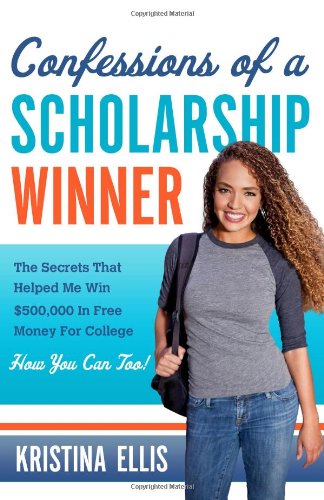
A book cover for Confessions of a Scholarship Winner: The Secrets That Helped Me Win $500,000 in Free Money for College- How You Can Too!; Kristina Ellis; Education & Teaching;